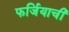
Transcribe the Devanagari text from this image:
फर्जियाची